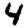
Digit: 4